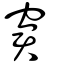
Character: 窘